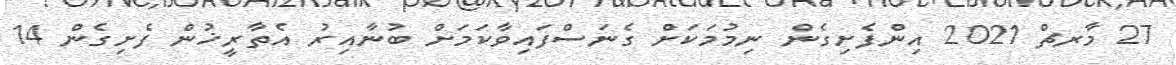
27 މާރޗް 2021 އިންފެށިގެން ނިމުމަކަށް ގެނަސްފައިވާކަމަށް ބުނާއިރު އެތާރީޚުން ފެށިގެން 14